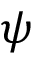
\psi